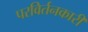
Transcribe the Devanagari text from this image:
परविर्तनकारी